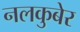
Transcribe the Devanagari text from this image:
नलकुबेर